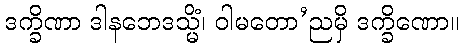
ဒက္ခိဏာ ဒါနဘေဒသ္မိံ၊ ဝါမတော’ညမှိ ဒက္ခိဏော။